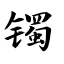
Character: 镯